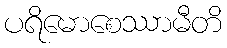
ပရိမောစေဿာမီတိ